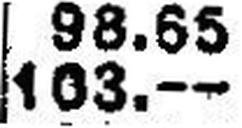
103.—